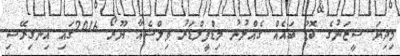
މިދިޔަ ސީޒަނުގެ ބޮޑު ބައެއް ގެއްލުނު މިޑްފީލްޑަރު ވިލްޝެއާ ޔޫރޯ 2016ގައި އިނގިރޭސި